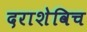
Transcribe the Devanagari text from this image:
दराशेविच